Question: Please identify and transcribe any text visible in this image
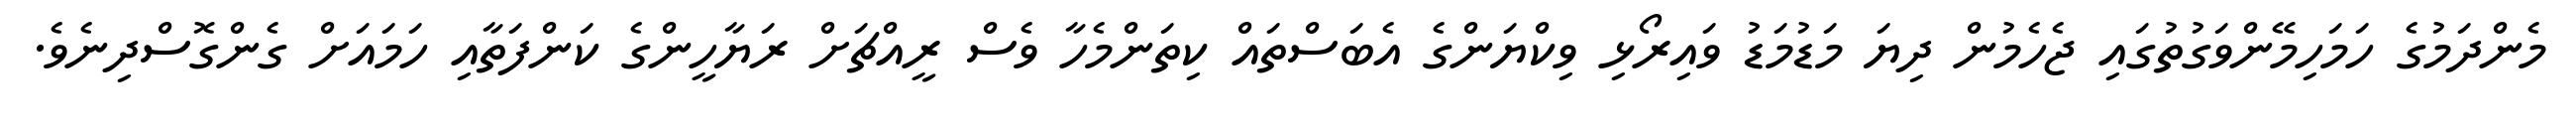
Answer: މެންދަމުގެ ހަމަހިމޭންވަގުތުގައި ޖެހެމުން ދިޔަ މަޑުމަޑު ވައިރޯޅި ވިކްޔަންގެ އެބަސްތައް ކިތަންމެހާ ވެސް ރީއްޗަށް ރަޔާހީންގެ ކަންފަތާއި ހަމައަށް ގެންގޮސްދިނެވެ.